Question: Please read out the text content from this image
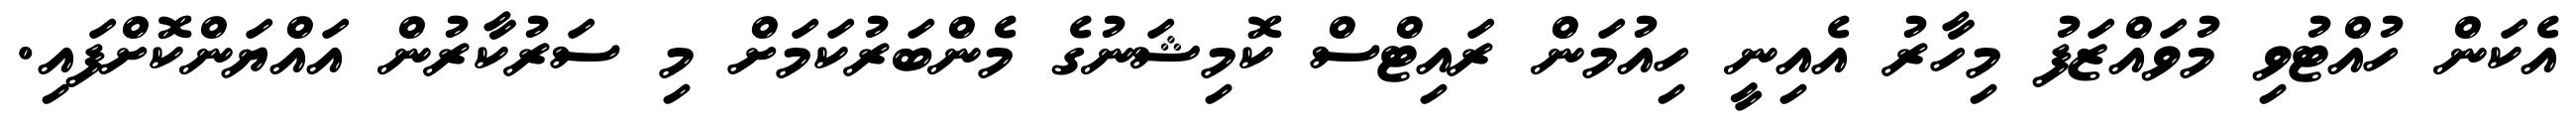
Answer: އެކަން ހުއްޓުވި މުވައްޒަފު މިހާރު އެއިނީ ހިއުމަން ރައިޓްސް ކޮމިޝަނުގެ މެންބަރުކަމަށް މި ސަރުކާރުން އައްޔަންކޮށްފައި.